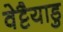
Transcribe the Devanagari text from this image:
वेट्टैयाडु